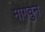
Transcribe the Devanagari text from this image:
मागवुन